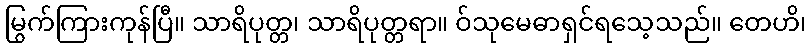
မြွက်ကြားကုန်ပြီ။ သာရိပုတ္တ၊ သာရိပုတ္တရာ။ ဝ်သုမေဓာရှင်ရသေ့သည်။ တေဟိ၊